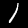
Label: 1